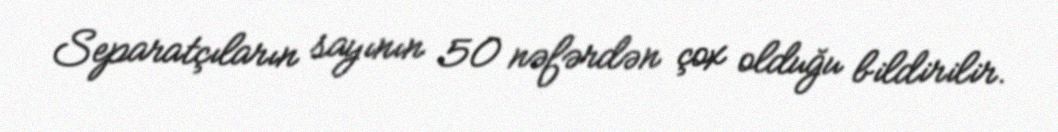
Separatçıların sayının 50 nəfərdən çox olduğu bildirilir.